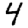
Digit: 4